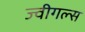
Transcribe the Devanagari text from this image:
ज्वीगल्स